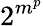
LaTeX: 2^{m^{p}}